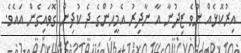
އިރުކޮޅެއް ނުވެ ޒިދުނާ އާ ނާދިރު އެމީހުންގެ ދެ ކުދިން ގޮވައިގެން އައެވެ.